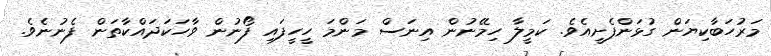
މަރުހަބާކިޔަން ގުޅަންފެށީއެވެ. ކަމީލާ ހިމޭނުން އިނަސް މަންމަ ހީހީފައި ފޯނުން ވާހަކަދައްކާތަން ފެނުނެވެ.